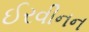
ઈરવીનન